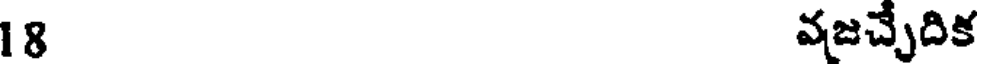
18 వజచ్చెదిక